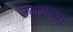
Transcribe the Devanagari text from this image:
उलझाया